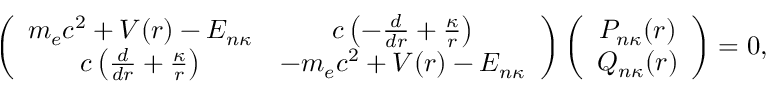
\left( \begin{array} { c c } { m _ { e } c ^ { 2 } + V ( r ) - E _ { n \kappa } } & { c \left( - \frac { d } { d r } + \frac { \kappa } { r } \right) } \\ { c \left( \frac { d } { d r } + \frac { \kappa } { r } \right) } & { - m _ { e } c ^ { 2 } + V ( r ) - E _ { n \kappa } } \end{array} \right) \left( \begin{array} { c c } { P _ { n \kappa } ( r ) } \\ { Q _ { n \kappa } ( r ) } \end{array} \right) = 0 ,